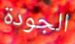
الجودة